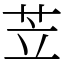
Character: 苙